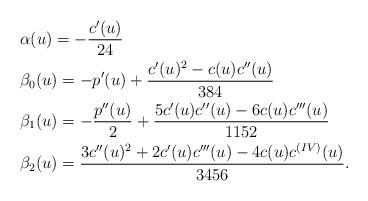
LaTeX: \begin{align*}&\alpha(u) = - \frac{c'(u)}{24} \\&\beta_{0}(u) = - p'(u) + \frac{c'(u)^{2} - c(u) c''(u)}{384} \\&\beta_{1} (u) = -\frac{p''(u)}{2} + \frac{5 c'(u) c''(u) - 6 c(u) c'''(u)}{1152} \\&\beta_{2}(u) = \frac{3 c''(u)^{2} + 2 c'(u) c'''(u) - 4 c (u) c^{(IV)}(u)}{3456}.\end{align*}